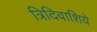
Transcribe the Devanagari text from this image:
त्रिदिवाशिये